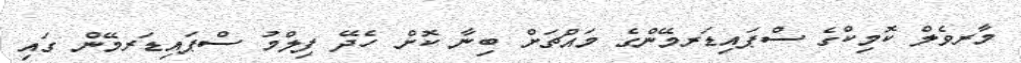
މާރވެލް ކޮމިކްގެ ސްޕައިޑަރމޭންގެ މައްޗަށް ބިނާ ކޮށް ހެދޭ ފިލްމު ސްޕައިޑަރމޭން ގައި